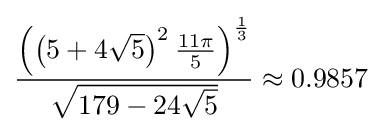
{\frac {\left(\left(5+4{\sqrt {5}}\right)^{2}{\frac {11\pi }{5}}\right)^{\frac {1}{3}}}{\sqrt {179-24{\sqrt {5}}}}}\approx 0.9857